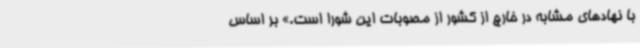
با نهادهای مشابه در خارج از کشور از مصوبات این شورا است.» بر اساس